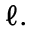
\ell .